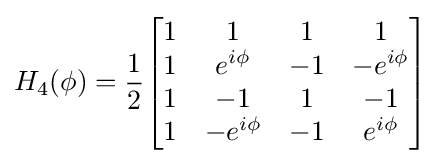
H_{4}(\phi )={\frac {1}{2}}{\begin{bmatrix}1&1&1&1\\1&e^{i\phi }&-1&-e^{i\phi }\\1&-1&1&-1\\1&-e^{i\phi }&-1&e^{i\phi }\end{bmatrix}}